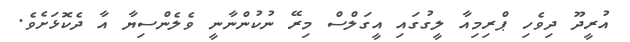
އުރީދޫ ދިވެހި ޕްރިމިއާ ލީގުގައި އީގަލްސް މިރޭ ނުކުންނާނީ ވެލެންސިޔާ އާ ދެކޮޅަށެވެ.